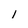
Character: 1